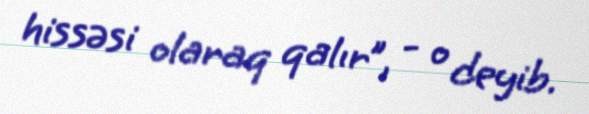
hissəsi olaraq qalır”, - o deyib.